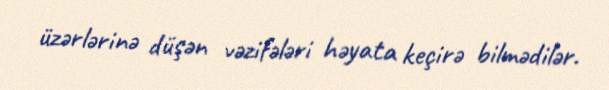
üzərlərinə düşən vəzifələri həyata keçirə bilmədilər.